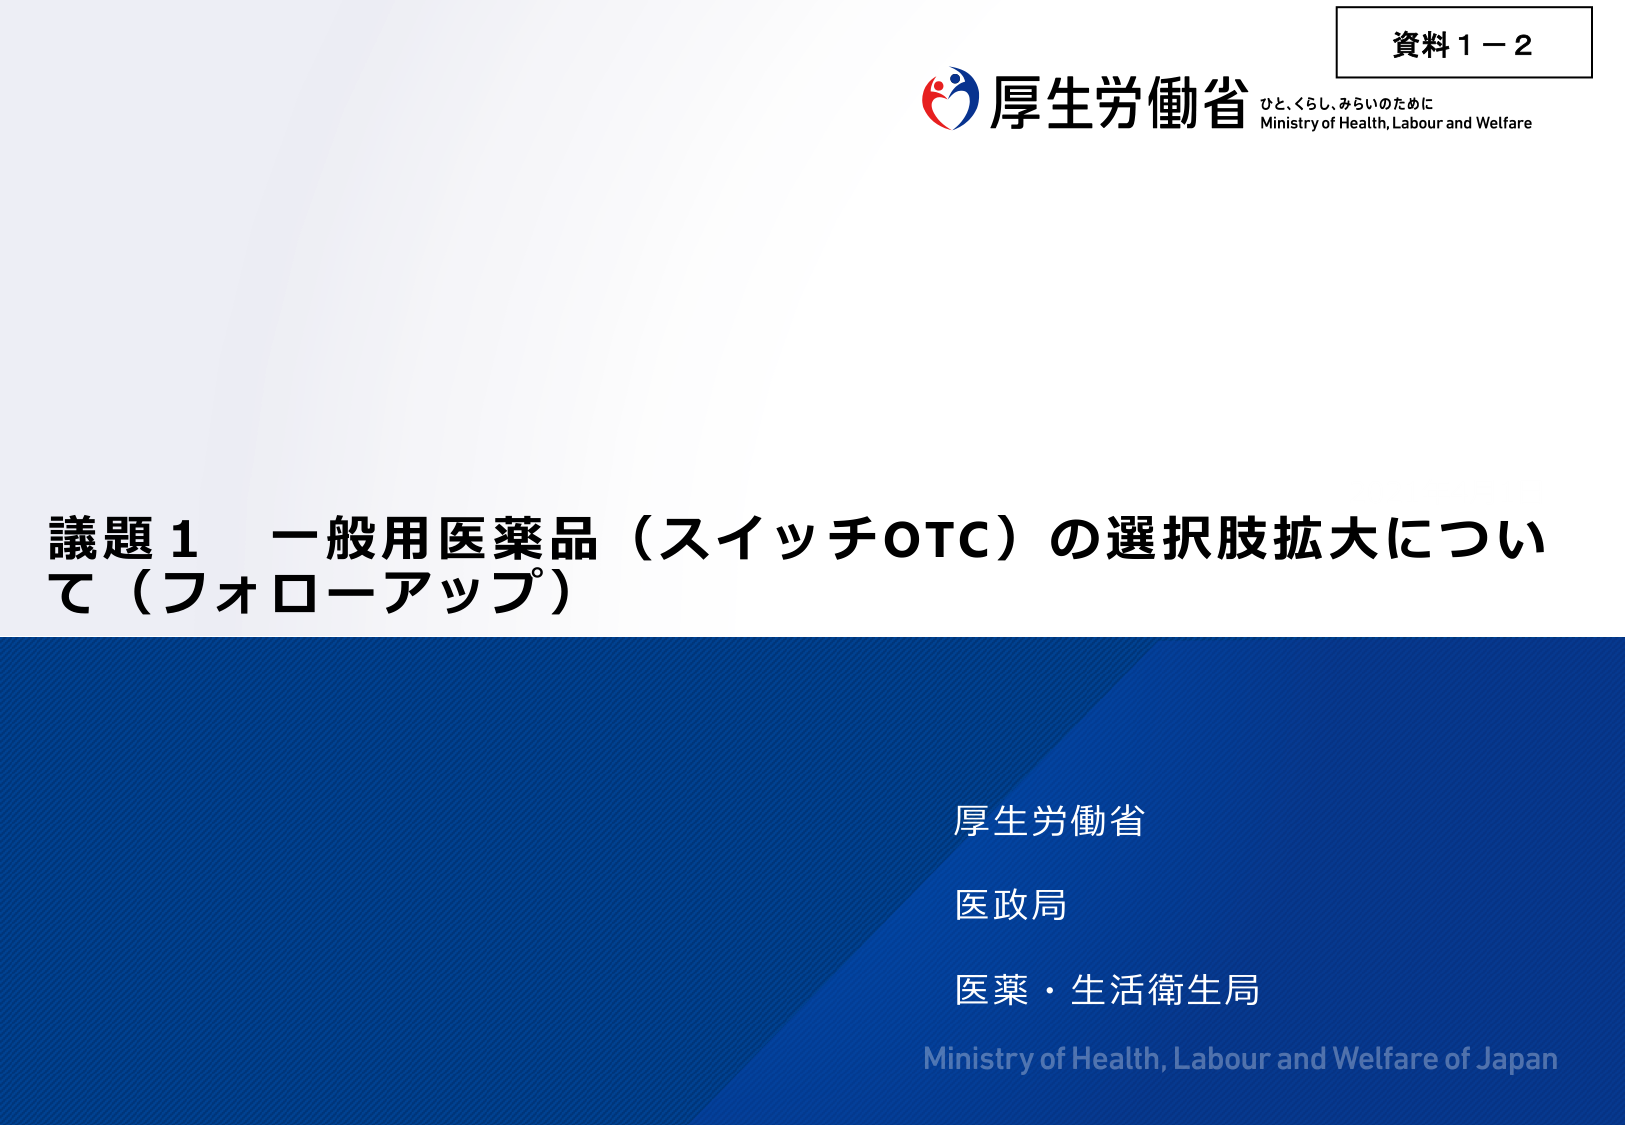
資料１－２
厚生労働省
ひと、くらし、みらいのために
Ministry of Health, Labour and Welfare

議題１ 一般用医薬品（スイッチOTC）の選択肢拡大について（フォローアップ）

厚生労働省
医政局
医薬・生活衛生局
Ministry of Health, Labour and Welfare of Japan